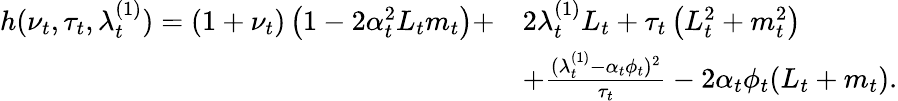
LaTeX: \begin{array}{rl}{h(\nu_{t},\tau_{t},\lambda_{t}^{(1)})=\left(1+\nu_{t}\right)\left(1-2\alpha_{t}^{2}L_{t}m_{t}\right)+}&{2\lambda_{t}^{(1)}L_{t}+\tau_{t}\left(L_{t}^{2}+m_{t}^{2}\right)}\\ &{+\frac{(\lambda_{t}^{(1)}-\alpha_{t}\phi_{t})^{2}}{\tau_{t}}-2\alpha_{t}\phi_{t}(L_{t}+m_{t}).}\end{array}